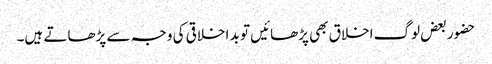
حضور بعض لوگ اخلاق بھی پڑھائیں تو بد اخلاقی کی وجہ سے پڑھاتے ہیں۔